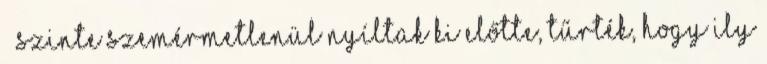
– szinte szemérmetlenül nyíltak ki előtte, tűrték, hogy ily